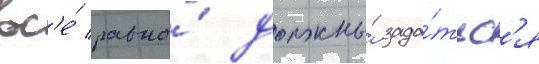
вс'е́ равно́ должны́ зада́тьс'я